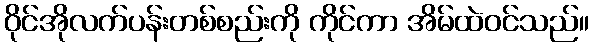
ဝိုင်အိုလက်ပန်းတစ်စည်းကို ကိုင်ကာ အိမ်ထဲဝင်သည်။